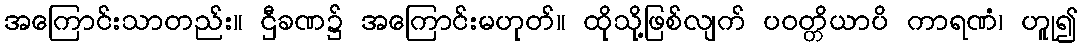
အကြောင်းသာတည်း။ ဌီခဏ၌ အကြောင်းမဟုတ်။ ထိုသို့ဖြစ်လျက် ပဝတ္တိယာပိ ကာရဏံ၊ ဟူု၍